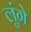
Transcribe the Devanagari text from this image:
लुंगे